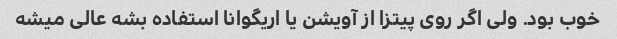
خوب بود. ولی اگر روی پیتزا از آویشن یا اریگوانا استفاده بشه عالی میشه